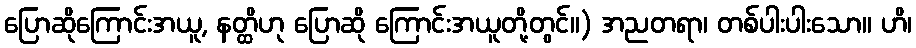
ပြောဆိုကြောင်းအယူ, နတ္ထိဟု ပြောဆို ကြောင်းအယူတို့တွင်။) အညတရာ၊ တစ်ပါးပါးသော။ ဟိ၊